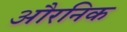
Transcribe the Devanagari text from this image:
औरनिक